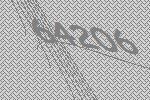
64206